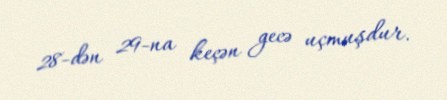
28-dən 29-na keçən gecə uçmuşdur.